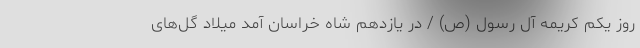
روز یكم كریمه آل رسول (ص) / در یازدهم شاه خراسان آمد میلاد گل‌های